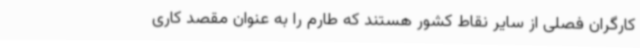
کارگران فصلی از سایر نقاط کشور هستند که طارم را به عنوان مقصد کاری